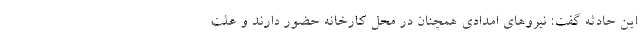
این حادثه گفت: نیروهای امدادی همچنان در محل کارخانه حضور دارند و علت